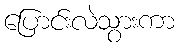
ပြောင်းလဲသွားကာ